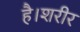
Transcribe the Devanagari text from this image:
है।शरीर